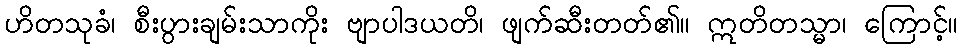
ဟိတသုခံ၊ စီးပွားချမ်းသာကိုး ဗျာပါဒယတိ၊ ဖျက်ဆီးတတ်၏။ ဣတိတသ္မာ၊ ကြောင့်။